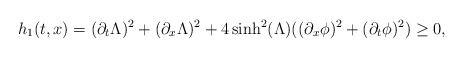
LaTeX: \begin{align*} h_1(t,x)= (\partial_t \Lambda)^2+ (\partial_x \Lambda)^2+4\sinh^2(\Lambda)((\partial_x \phi)^2+(\partial_t \phi)^2) \geq 0,\end{align*}